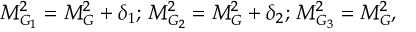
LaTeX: M _ { G _ { 1 } } ^ { 2 } = M _ { G } ^ { 2 } + \delta _ { 1 } ; \, M _ { G _ { 2 } } ^ { 2 } = M _ { G } ^ { 2 } + \delta _ { 2 } ; \, M _ { G _ { 3 } } ^ { 2 } = M _ { G } ^ { 2 } ,